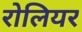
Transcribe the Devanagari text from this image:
रोलियर